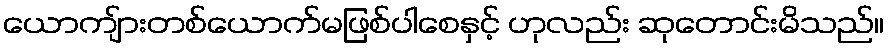
ယောကျ်ားတစ်ယောက်မဖြစ်ပါစေနှင့် ဟုလည်း ဆုတောင်းမိသည်။